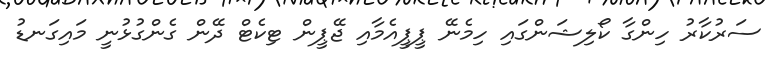
ސަރުކާރު ހިންގާ ކޯލިޝަންގައި ހިމެނޭ ޕީޕީއެމާއި ޖޭޕީން ޓިކެޓް ދޭން ގެންގުޅުނީ މައިގަނޑު